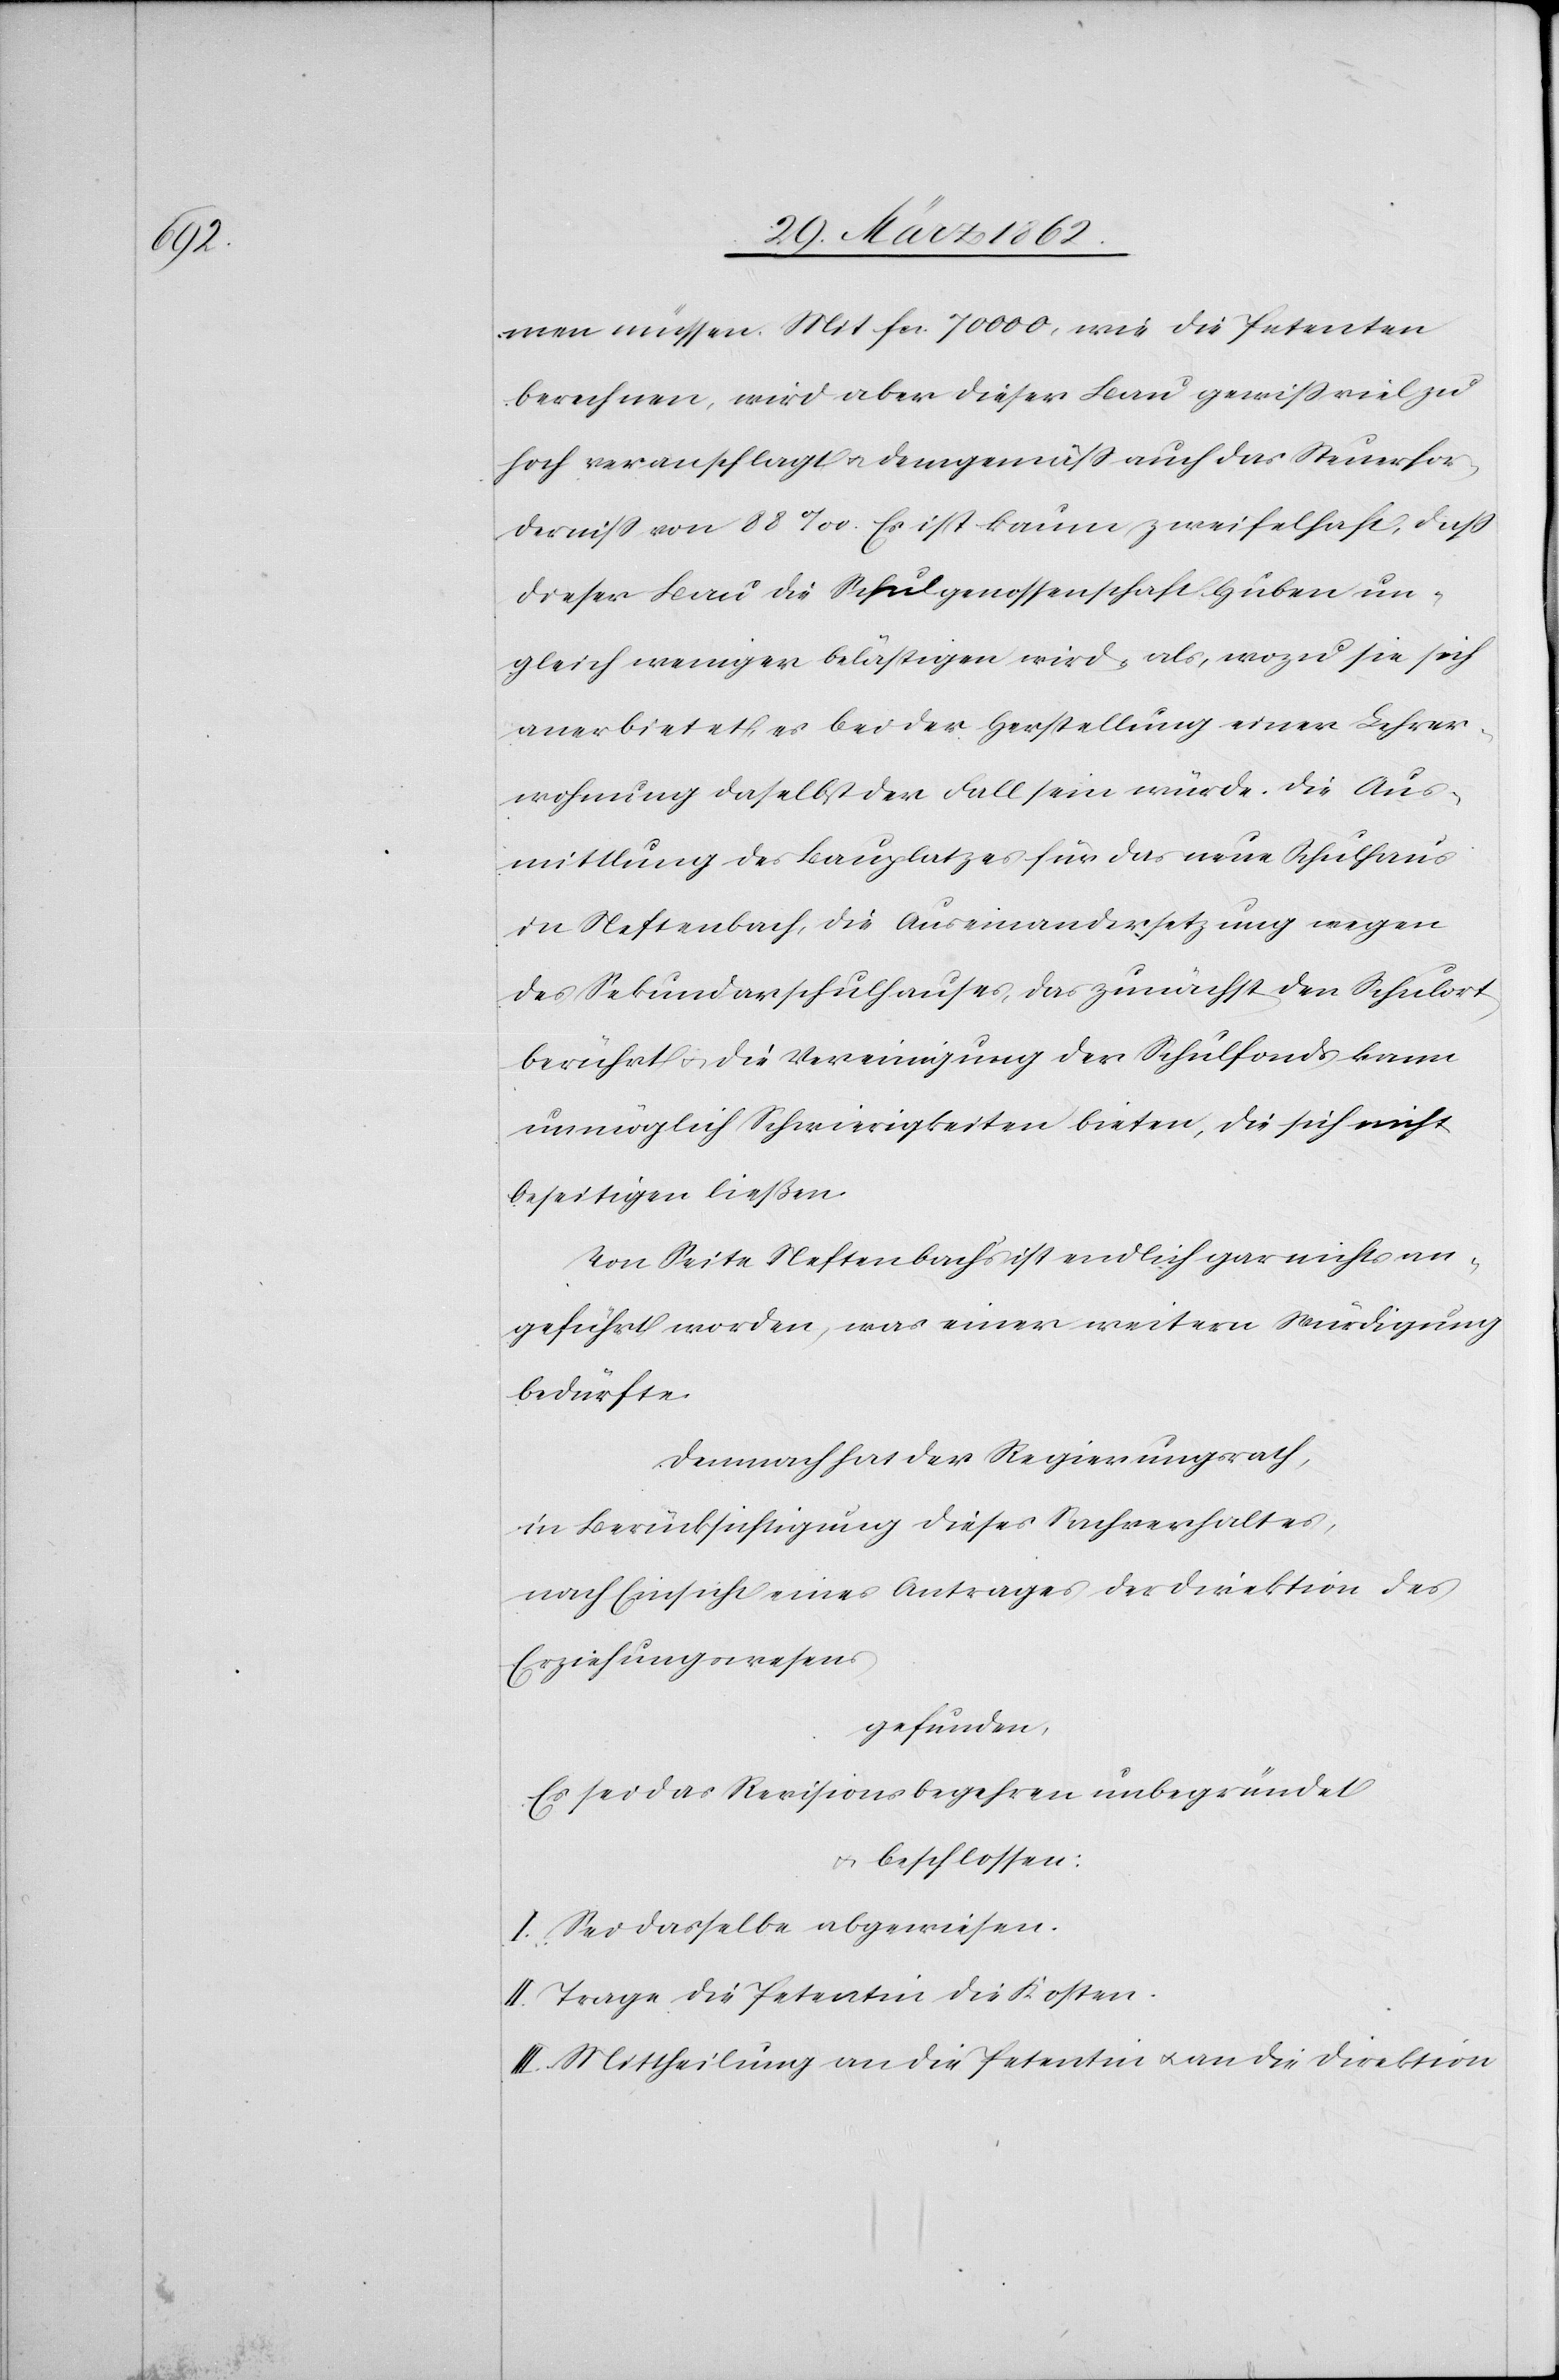
men müssen. Mit fcs. 70 000, wie die Petenten
berechnen, wird aber dieser Bau gewiß viel zu
hoch veranschlagt u. demgemäß auch das Steuerfor¬
derniß von 88‰. Es ist kaum zweifelhaft, daß
dieser Bau die Schulgenossenschaft Huben un¬
gleich weniger belästigen wird als, wozu sie sich
anerbietet, es bei der Herstellung einer Lehrer¬
wohnung daselbst der Fall sein würde. Die Aus¬
mittlung des Bauplatzes für das neue Schulhaus
in Neftenbach, die Auseinandersetzung wegen
des Sekundarschulhauses, das zunächst den Schulort
berührt u. die Vereinigung der Schulfonds kann
unmöglich Schwierigkeiten bieten, die sich nicht
beseitigen ließen
Von Seite Neftenbachs ist endlich gar nichts an¬
geführt worden, was einer weitern Würdigung
bedürfte
Demnach hat der Regierungsrath,
in Berücksichtigung dieses Sachverhaltes,
nach Einsicht eines Antrages der Direktion des
Erziehungswesens
gefunden,
Es sei das Revisionsbegehren unbegründet
u. beschlossen:
I. Sei dasselbe abgewiesen.
II. Trage die Petentin die Kosten.
III. Mittheilung an die Petentin u. an die Direktion